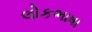
લોકભાષા